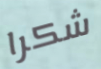
شكرا